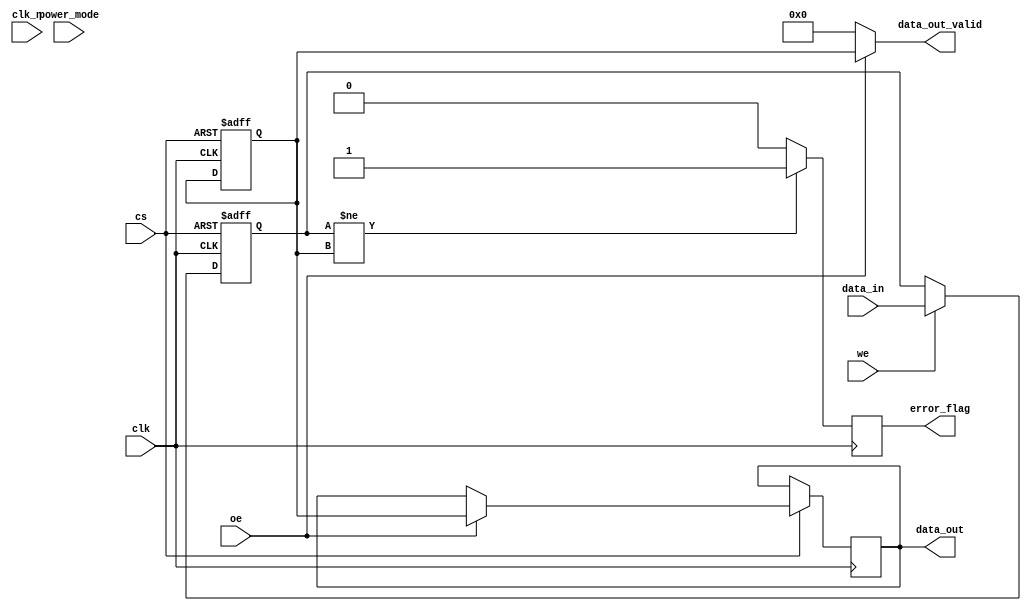
module gddr4_io_block (
    input wire clk,          // Clock input
    input wire clk_n,        // Complement clock input
    input wire [63:0] data_in, // Data input (64 bits)
    output wire [63:0] data_out, // Data output (64 bits)
    input wire cs,          // Chip select
    input wire we,          // Write enable
    input wire oe,          // Output enable
    output wire [63:0] data_out_valid, // Valid data output
    output wire error_flag, // Error detection flag
    input wire [1:0] power_mode // Power management
);

// Internal signals
reg [63:0] tx_data;
reg [63:0] rx_data;
reg error_detected;
reg [1:0] current_power_mode;

// Transmitter block
always @(posedge clk or negedge cs) begin
    if (!cs) begin
        // Reset TX data on chip select
        tx_data <= 64'b0;
    end else if (we) begin
        // Write data to TX register
        tx_data <= data_in; // Capture input data
    end
end

// Receiver block
always @(posedge clk or negedge cs) begin
    if (!cs) begin
        // Reset RX data on chip select
        rx_data <= 64'b0;
    end else if (oe) begin
        // Output data on read enable
        data_out <= rx_data; // Output received data
    end
end

// Error detection logic (simple example)
always @(posedge clk) begin
    if (tx_data != rx_data) begin
        error_detected <= 1'b1; // Set error flag if mismatch
    end else begin
        error_detected <= 1'b0;
    end
end

// Output valid data signal
assign data_out_valid = oe ? rx_data : 64'b0;

// Error flag output
assign error_flag = error_detected;

// Power management logic
always @(posedge clk) begin
    case (power_mode)
        2'b00: current_power_mode <= 2'b00; // Active mode
        2'b01: current_power_mode <= 2'b01; // Standby mode
        2'b10: current_power_mode <= 2'b10; // Low-power mode
        default: current_power_mode <= 2'b00; // Default to active
    endcase
end

// On-die termination (ODT) and other features would be implemented here

endmodule